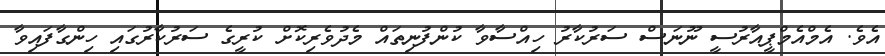
އެވެ. އެމްއެމްޕީއާރުސީ ނޫނަސް ސަރުކާރު ހިއްސާވާ ކުންފުނިތައް މެދުވެރިކޮށް ކުރީގެ ސަރުކާރުގައި ހިންގާފައިވާ